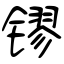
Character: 镠